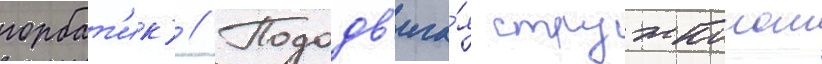
горбат'ик) // Пододв'ига́я стружколом